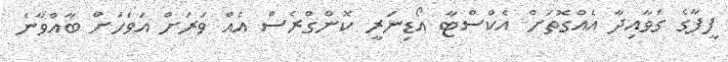
ފީފާގެ ގަވާއިދާ އެއްގޮތަށް އެކްސްޓާ އޯޑިނަރީ ކޮންގްރެސް އެއް ވަރަށް އަވަހަށް ބާއްވާނެ